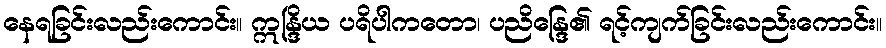
နေရခြင်းလည်းကောင်း။ ဣန္ဒြိယ ပရိပါကတော၊ ပညိန္ဒြေ၏ ရင့်ကျက်ခြင်းလည်းကောင်း။